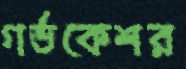
গর্ভকেশর